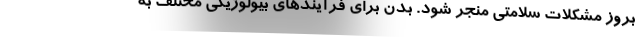
بروز مشکلات سلامتی منجر شود. بدن برای فرآیندهای بیولوژیکی مختلف به